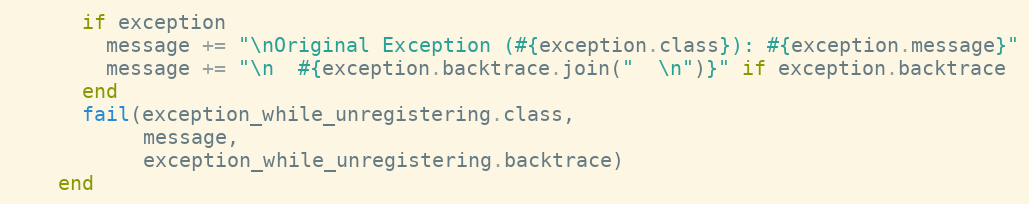
Language: Ruby
      if exception
        message += "\nOriginal Exception (#{exception.class}): #{exception.message}"
        message += "\n  #{exception.backtrace.join("  \n")}" if exception.backtrace
      end
      fail(exception_while_unregistering.class,
           message,
           exception_while_unregistering.backtrace)
    end